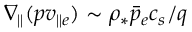
\nabla _ { \parallel } ( p v _ { \parallel e } ) \sim \rho _ { * } \bar { p } _ { e } c _ { s } / q